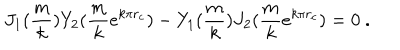
LaTeX: J _ { 1 } ( \frac { m } { k } ) Y _ { 2 } ( \frac { m } { k } e ^ { k \pi r _ { c } } ) - Y _ { 1 } ( \frac { m } { k } ) J _ { 2 } ( \frac { m } { k } e ^ { k \pi r _ { c } } ) = 0 \ .